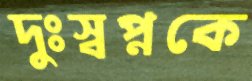
দুঃস্বপ্নকে